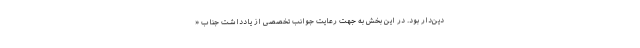
دین‌دار بود. در این بخش به جهت رعایت جوانب تخصصی از یادداشت جناب «